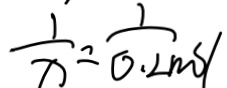
\frac { 1 } { x } = \frac { 1 } { 0 . 2 m } s /